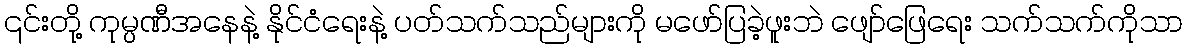
၎င်းတို့ ကုမ္ပဏီအနေနဲ့ နိုင်ငံရေးနဲ့ ပတ်သက်သည်များကို မဖော်ပြခဲ့ဖူးဘဲ ဖျော်ဖြေရေး သက်သက်ကိုသာ